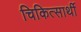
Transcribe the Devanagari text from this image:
चिकित्सार्थी